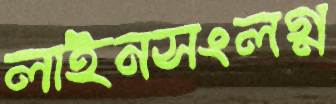
লাইনসংলগ্ন